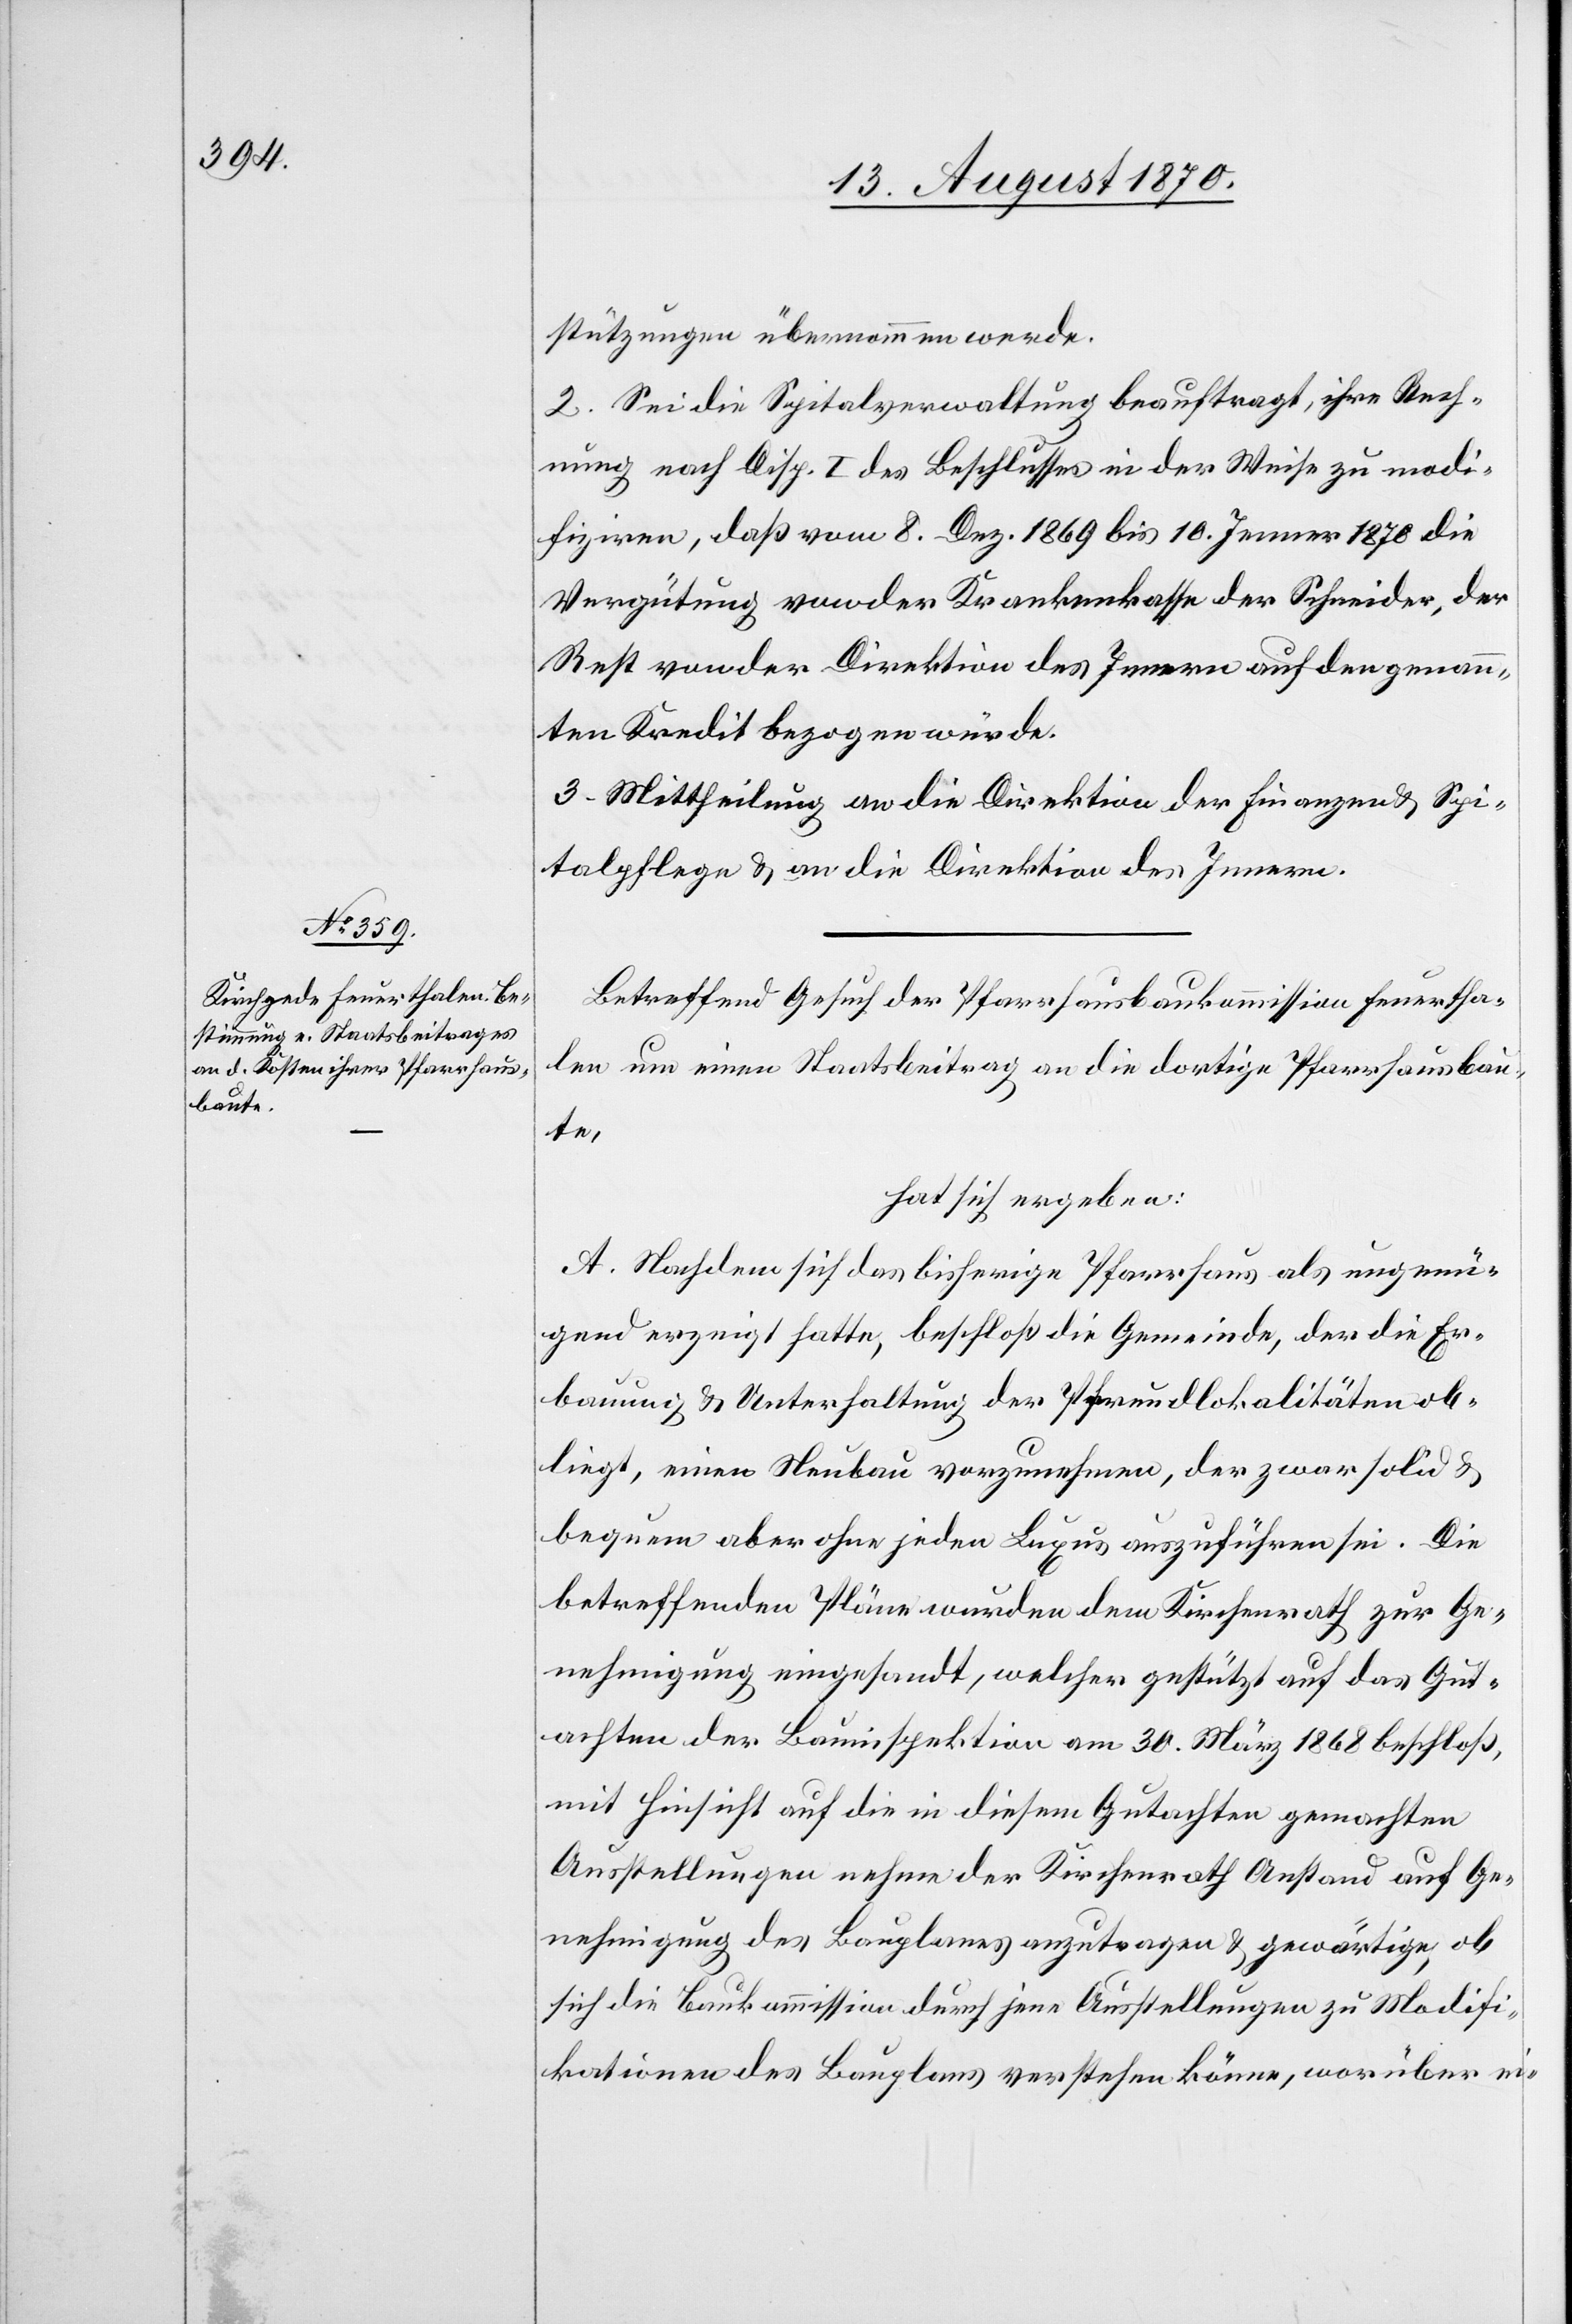
stützungen übernommen werde.
2. Sei die Spitalverwaltung beauftragt, ihre Rech¬
nung nach Disp. I des Beschlusses in der Weise zu modi¬
fiziren, daß vom 8. Dez. 1869 bis 10. Jenner 1870 die
Vergütung von der Krankenkasse der Schneider, der
Rest von der Direktion des Innern auf den genann¬
ten Kredit bezogen würde.
3. Mittheilung an die Direktion der Finanzen & Spi¬
talpflege & an die Direktion des Innern.
Betreffend Gesuch der Pfarrhausbaukommission Feuertha¬
len um einen Staatsbeitrag an die dortige Pfarrhausbau¬
te,
hat sich ergeben:
A. Nachdem sich das bisherige Pfarrhaus als ungenü¬
gend erzeigt hatte, beschloß die Gemeinde, der die Er¬
bauung & Unterhaltung der Pfrundlokalitäten ob¬
liegt, einen Neubau vorzunehmen, der zwar solid &
bequem aber ohne jeden Luxus auszuführen sei. Die
betreffenden Pläne wurden dem Kirchenrath zur Ge¬
nehmigung eingesandt, welcher gestützt auf das Gut¬
achten der Bauinspektion am 30. März 1868 beschloß,
mit Hinsicht auf die in diesem Gutachten gemachten
Ausstellungen nehme der Kirchenrath Anstand auf Ge¬
nehmigung des Bauplanes anzutragen & gewärtige, ob
sich die Baukommission durch jene Ausstellungen zu Modifi¬
kationen des Bauplans verstehen könne, worüber ei-